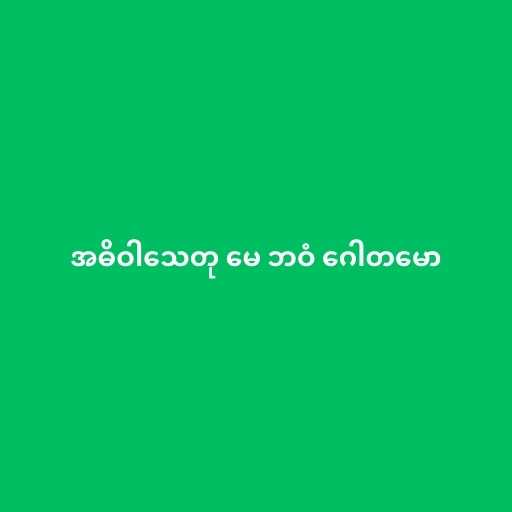
အဓိဝါသေတု မေ ဘဝံ ဂေါတမော